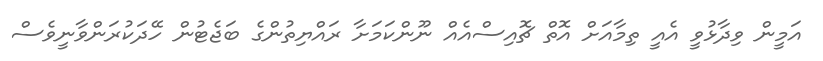
އަމީން ވިދާޅުވީ އެއީ ތިމާއަށް އޮތް ޗޮއިސްއެއް ނޫންކަމަށާ ރައްޔިތުންގެ ބަޖެޓުން ހޭދަކުރަންވާނީވެސް